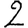
Digit: 2